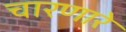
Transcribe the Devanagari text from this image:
चारणारे